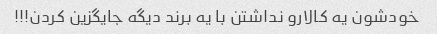
خودشون یه کالارو نداشتن با یه برند دیگه جایگزین کردن!!!